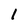
Character: 1